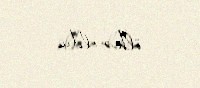
ölkə oldu.